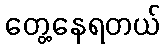
တွေ့နေရတယ်